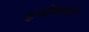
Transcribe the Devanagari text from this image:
इच्छेबद्दल